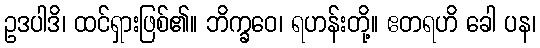
ဥဒပါဒိ၊ ထင်ရှားဖြစ်၏။ ဘိက္ခဝေ၊ ရဟန်းတို့။ ဧတရဟိ ခေါ ပန၊